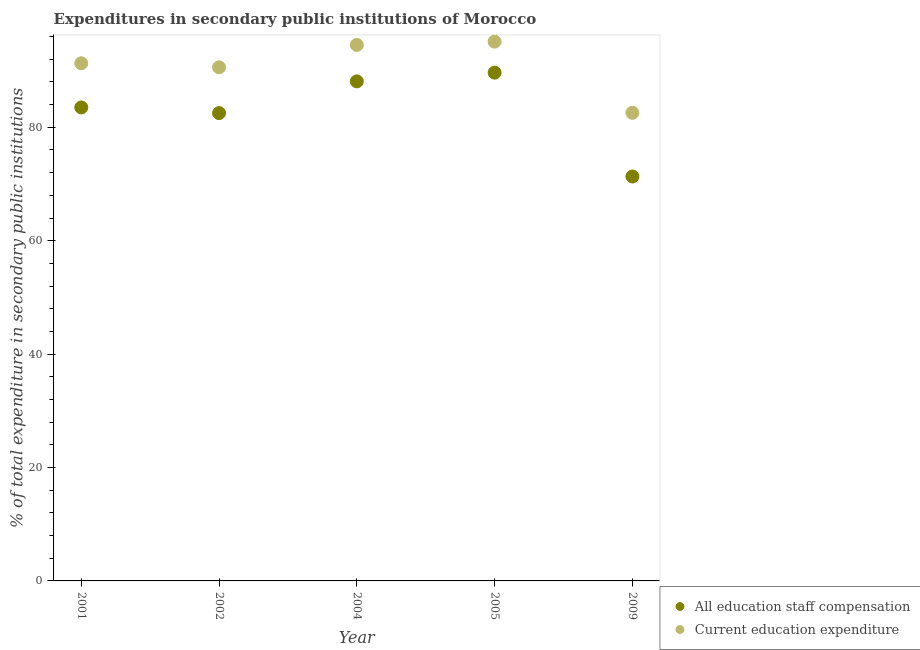
| Year | All education staff compensation | Current education expenditure |
 | --- | --- | --- |
 | 2001 | 83.5 | 91.3 |
 | 2002 | 82.5 | 90.6 |
 | 2004 | 88.1 | 94.5 |
 | 2005 | 89.6 | 95.1 |
 | 2009 | 71.3 | 82.6 |